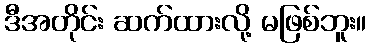
ဒီအတိုင်း ဆက်ထားလို့ မဖြစ်ဘူး။